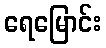
ရေမြောင်း